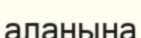
аланына